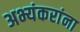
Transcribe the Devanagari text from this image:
अभ्यंकरांना